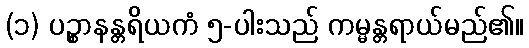
(၁) ပဉ္စာနန္တရိယကံ ၅-ပါးသည် ကမ္မန္တရာယ်မည်၏။